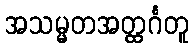
အသမ္မတအတ္ထင်္ဂတူ